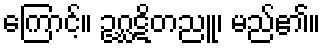
ကြောင့်။ ဥဂ္ဃဋိတညူ၊ မည်၏။